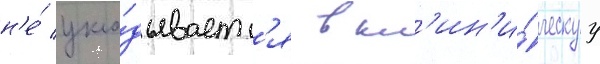
н'е́ укла́дываетс'я в кл'ин'и́ческуу